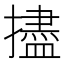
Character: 𪮺